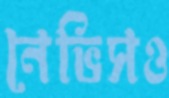
নেভিসও